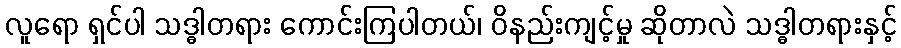
လူရော ရှင်ပါ သဒ္ဓါတရား ကောင်းကြပါတယ်၊ ဝိနည်းကျင့်မှု ဆိုတာလဲ သဒ္ဓါတရားနှင့်